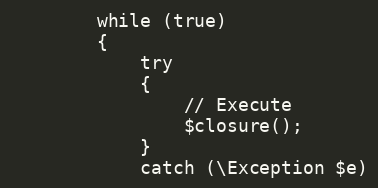
Language: PHP
        while (true)
        {
            try
            {
                // Execute
                $closure();
            }
            catch (\Exception $e)